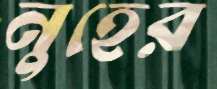
নুহের